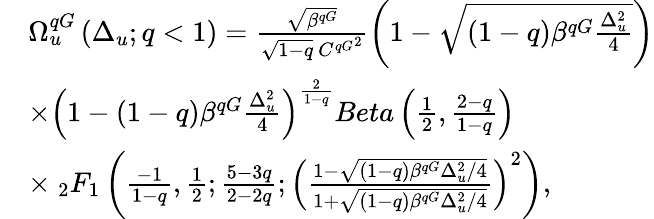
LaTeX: \begin{array}{rl}&{\Omega_{u}^{qG}\left(\Delta_{u};q<1\right)=\frac{\sqrt{\beta^{qG}}}{\sqrt{1-q}\ {C^{qG}}^{2}}\left(1-\sqrt{(1-q)\beta^{qG}\frac{\Delta_{u}^{2}}{4}}\right)}\\ &{\times\left(1-{(1-q)\beta^{qG}\frac{\Delta_{u}^{2}}{4}}\right)^{\frac{2}{1-q}}Beta\left(\frac{1}{2},\frac{2-q}{1-q}\right)}\\ &{\times\ _{2}F_{1}\left(\frac{-1}{1-q},\frac{1}{2};\frac{5-3q}{2-2q};\left(\frac{1-\sqrt{(1-q)\beta^{qG}\Delta_{u}^{2}/4}}{1+\sqrt{(1-q)\beta^{qG}\Delta_{u}^{2}/4}}\right)^{2}\right),}\end{array}